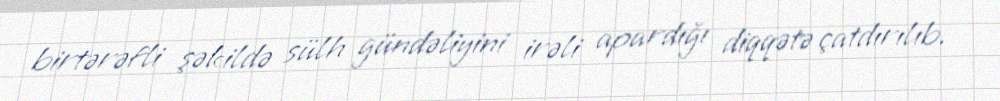
birtərəfli şəkildə sülh gündəliyini irəli apardığı diqqətə çatdırılıb.